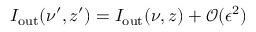
I _ { \mathrm { o u t } } ( \nu ^ { \prime } , z ^ { \prime } ) = I _ { \mathrm { o u t } } ( \nu , z ) + \mathcal { O } ( \epsilon ^ { 2 } )